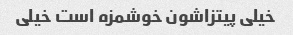
خیلی پیتزاشون خوشمزه است خیلی